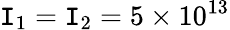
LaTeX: \mathtt{I}_{1}=\mathtt{I}_{2}=5\times10^{13}